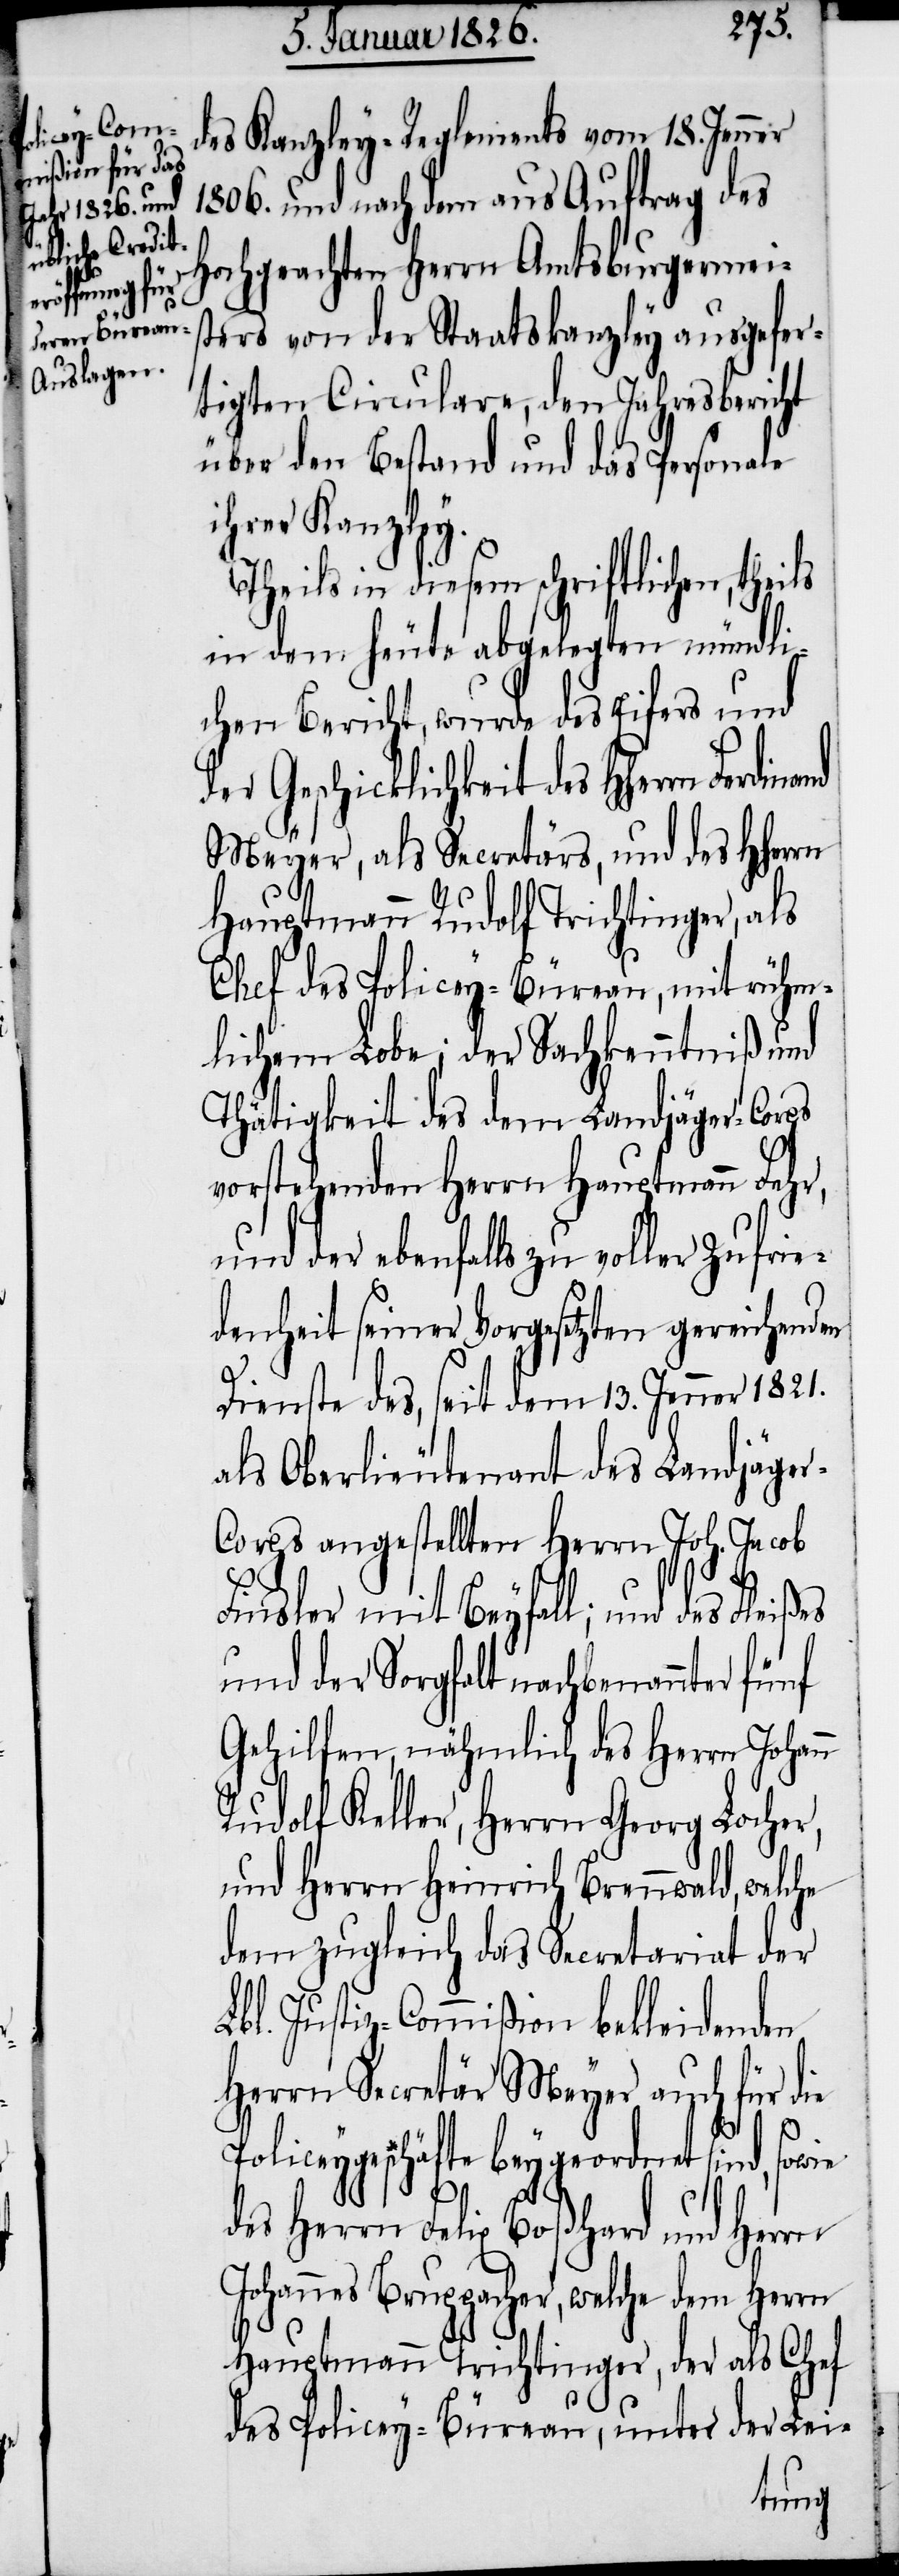
des Kanzley-Reglements vom 18. Jenner
1806. und nach dem aus Auftrag des
Hochgeachten Herrn Amtsburgermei¬
sters von der Staatskanzley ausgefer¬
tigten Circulare, den Jahresbericht
über den Bestand und das Personale
ihrer Kanzley.
Theils in diesem schriftlichen,
in dem heute abgelegten mündli¬
chen Bericht, wurde des Eifers und
der Geschicklichkeit des HHerrn
Meyer, als Secretärs, und des HHerrn
Hauptmann Rudolf Trichtinger, als
Chef des Policey-Büreau, mit rühm¬
lichem Lobe; der Sachkenntniß und
Thätigkeit des dem Landjäger-Corps
vorstehenden Herrn Hauptmann Fehr,
und der ebenfalls zu voller Zufrie¬
denheit seiner Vorgesetzten gereichenden
Dienste des, seit dem 13. Jenner 1821.
als Oberlieutenant des Landjäge¬
r-Corps angestellten Herrn Joh. Jacob
Finsler mit Beyfall; und des Fleißes
und der Sorgfalt nachbenannter fünf
Gehilfen, nähmlich des Herrn Johann
Rudolf Keller, Herrn Georg Locher,
und Herrn Heinrich Brennwald, welche
dem zugleich das Secretariat der
Lbl. Justiz-Commißion bekleidenden
Herrn Secretär Meyer auch für die
Policeygeschäfte beygeordnet sind, sowie
des Herrn Felix Boßhard und Herrn
Johannes Bruppacher, welche dem Herrn
Hauptmann Trichtinger, der als Chef
des Policey-Büreau, unter der Lei-